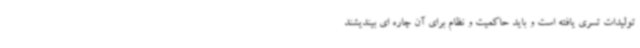
تولیدات تسری یافته است و باید حاکمیت و نظام برای آن چاره ای بیندیشند